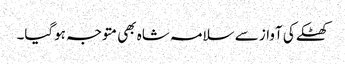
کھٹکے کی آواز سے سلامہ شاہ بھی متوجہ ہوگیا۔